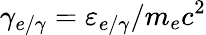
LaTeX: \gamma_{e/\gamma}=\varepsilon_{e/\gamma}/m_{e}c^{2}